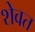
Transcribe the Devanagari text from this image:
शेवत